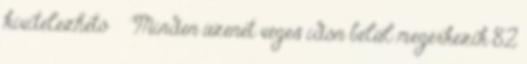
kivitelezhető ● Minden üzenet véges időn belül megérkezik 82